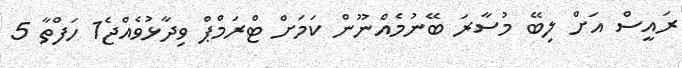
ރައީސް އަށް ލިބޭ މުސާރަ ބޭނުމެއްނޫން ކަމަށް ޓްރަމްޕް ވިދާޅުވެއްޖެ1 ހަފްތާ 5